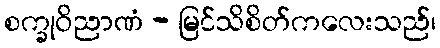
စက္ခုဝိညာဏံ - မြင်သိစိတ်ကလေးသည်၊